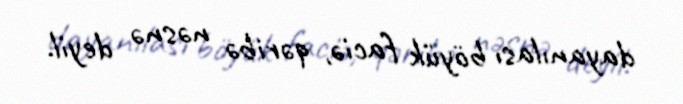
dayanılası böyük faciə, qəribə nəsnə deyil.